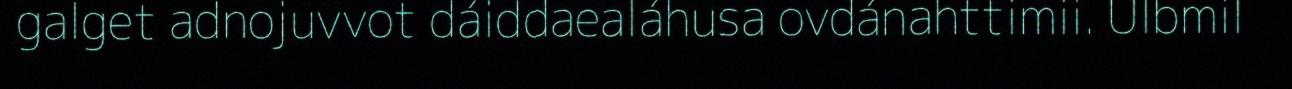
galget adnojuvvot dáiddaealáhusa ovdánahttimii. Ulbmil